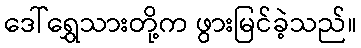
ဒေါ်ရွှေသားတို့က ဖွားမြင်ခဲ့သည်။